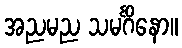
အညမည သမင်္ဂိနော။